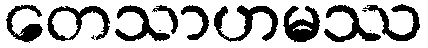
တေသာဟမဿ